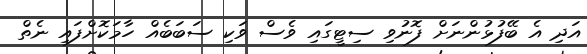
އަދި އެ ބޭފުޅުންނަށް ފޮނުވި ސިޓީގައި ވެސް ވަކި ސަބަބެއް ހާމަކޮށްފައި ނެތް